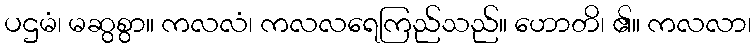
ပဌမံ၊ မဆွစွာ။ ကလလံ၊ ကလလရေကြည်သည်။ ဟောတိ၊ ၏။ ကလလာ၊